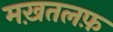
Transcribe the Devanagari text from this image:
मख़तलफ़